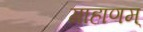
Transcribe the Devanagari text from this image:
गाहाणम्